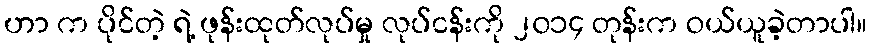
ဟာ က ပိုင်တဲ့ ရဲ့ ဖုန်းထုတ်လုပ်မှု လုပ်ငန်းကို ၂၀၁၄ တုန်းက ဝယ်ယူခဲ့တာပါ။